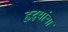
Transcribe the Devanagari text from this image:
हृदयांचा